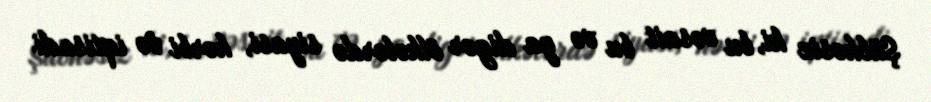
Şübhəsiz ki, bu vəsait bu və ya digər ölkələrdə siyasi, hərbi və iqtisadi